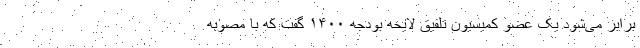
برابر می‌شود یک عضو کمیسیون تلفیق لایحه بودجه ۱۴۰۰ گفت که با مصوبه